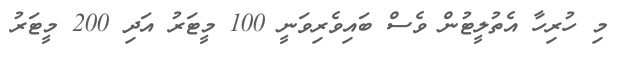
މި ހުރިހާ އެތުލީޓުން ވެސް ބައިވެރިވަނީ 100 މީޓަރު އަދި 200 މީޓަރު